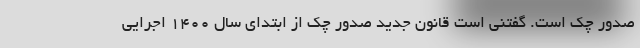
صدور چک است. گفتنی است قانون جدید صدور چک از ابتدای سال ۱۴۰۰ اجرایی